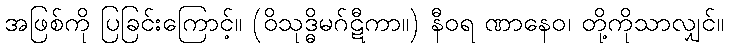
အဖြစ်ကို ပြခြင်းကြောင့်။ (ဝိသုဒ္ဓိမဂ်ဋီကာ။) နီဝရ ဏာနေဝ၊ တို့ကိုသာလျှင်။